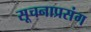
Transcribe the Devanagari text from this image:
सूचनाप्रसंग